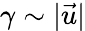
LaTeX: \gamma\sim|\vec{u}|